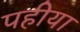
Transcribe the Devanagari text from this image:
पहीया